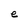
Character: e